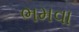
ભમવા